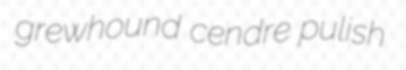
grewhound cendre pulish